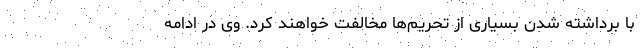
با برداشته شدن بسیاری از تحریم‌ها مخالفت خواهند کرد. وی در ادامه